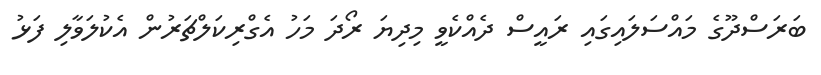
ބަރަސްދޫގެ މައްސަލައިގައި ރައީސް ދެއްކެވީ މިދިޔަ ރޯދަ މަހު އެގްރިކަލްޗަރުން އެކުލަވާލި ފަޅު